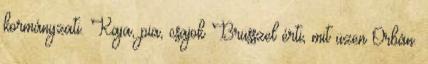
kormányzati. Kaja, pia, csajok Brüsszel érti, mit üzen Orbán.